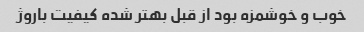
خوب و خوشمزه بود از قبل بهتر شده کیفیت باروژ